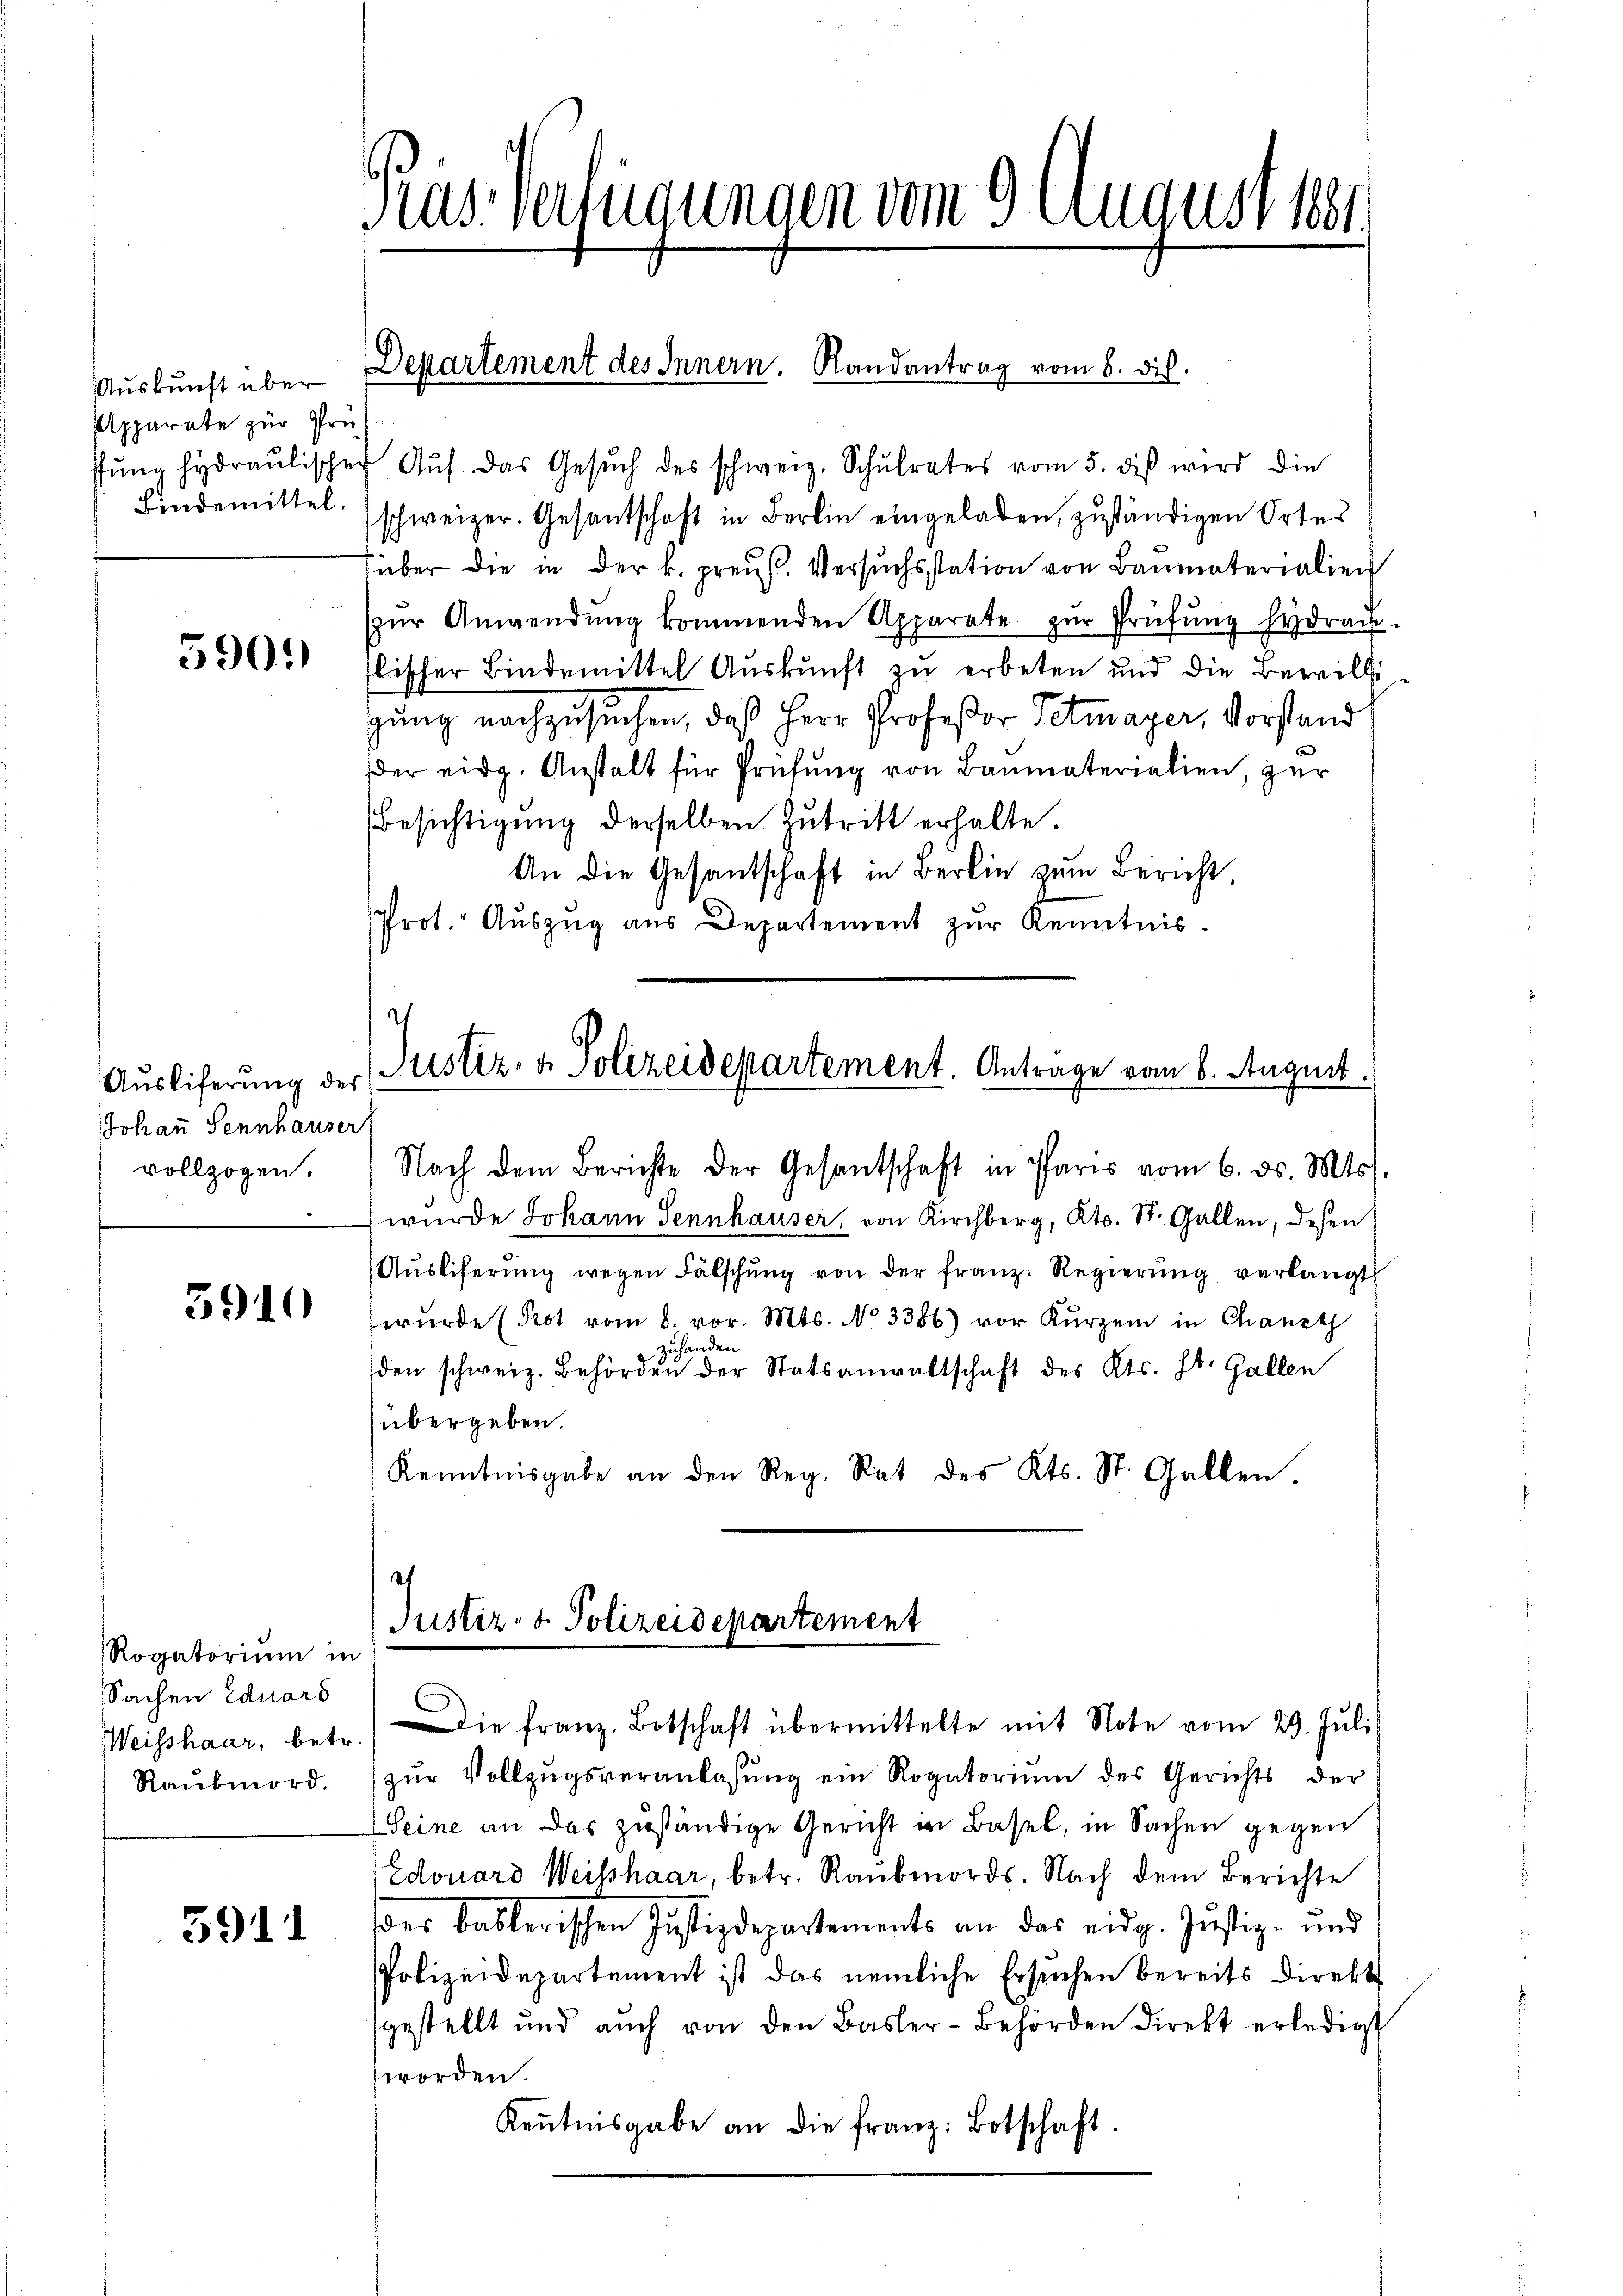
Auskunft über
Apparate zur Prü¬
Bindemittel.

5901)

Ausliferung des
Johann Sennhauser
vollzogen.
.

3910

Rogatorium in
Sachen Eduars
Raubmord.

5911

ras Verfügungen vom 9. August 1884

fŭng hydraŭlischer Aŭf das Gesŭch des schweiz. Schŭlrates vom 5. diβ wird die
schweizer. Gesantschaft in Berlin eingeladen, zuständigen Ortes
füber die in der k. preuß. Versŭchsstation von Baumaterialien
zŭr Anwendŭng kommenden Apparate zŭr Prüfŭng hydraŭ-
lischer Bindemittel Auskunft zu erbeten und die Bewilligung nachzusuchen, daß Herr Profeßor Detmayer, Vorstand
der eidg. Anstalt für Prüfung von Baumaterialien, zur
Besichtigung derselben Zutritt erhalte.
An die Gesantschaft in Berlin zum Bericht,
Prot. Auszug aus Departement zur Kenntnis.

Departement des Innern. Randantrag vom 6. dis.

Justiz- & Polizeidepartement. Antrage vom 6. August.

Justiz- & Polizeidepartement

Nach dem Berichte der Gesantschaft in Paris vom 6. ds. Mts.
 wurde Johann Sennhauser, von Kirchberg, Kts. St. Gallen, desen
Aŭsliferŭng wegen Fälschŭng von der franz. Regierŭng verlangt
wŭrde (Prot vom 8. vor. Mts. No 3386) vor Kurzem in Chanc
zuhanden
4
den schweiz. Behörden der Statsanwaltschaft des Kts. St. Gallen
übergeben.
Kenntnisgabe an den Reg. Rat des Kts. St. Gallen.

Weisshaar, betr. die franz. Botschaft übermittelte mit Note vom 29. Jŭli
zŭr Vollzŭgsveranlassŭng ein Rogatoriŭm des Gerichts der
Seine an das zuständige Gericht in Basel, in Sachen gegen
Edouard Weishaar, betr. Raubmords. Nach dem Berichte
der baslerischen Justizdepartements an das eidg. Justiz- und
Polizeidepartement ist das nemliche Ersuchen bereits direkt
gestellt und aŭch von den Basler-Behörden direkt erledigt
worden.
Kenntnisgabe an die franz: Botschaft.